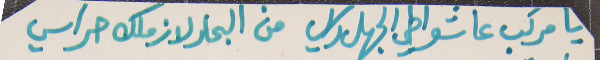
يا مركب عا شواطي الجهل راسي   من البحار لازملك حراسي